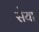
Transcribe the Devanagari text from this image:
सेया